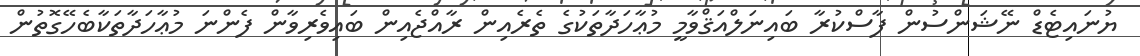
ޔުނައިޓެޑް ނޭޝަންސުން ފާސްކުރާ ބައިނަލްއަޤްވާމީ މުޢާހަދާތަކުގެ ތެރެއިން ރާއްޖެއިން ބައިވެރިވާން ފެންނަ މުޢާހަދާތަކާބެހޭގޮތުން